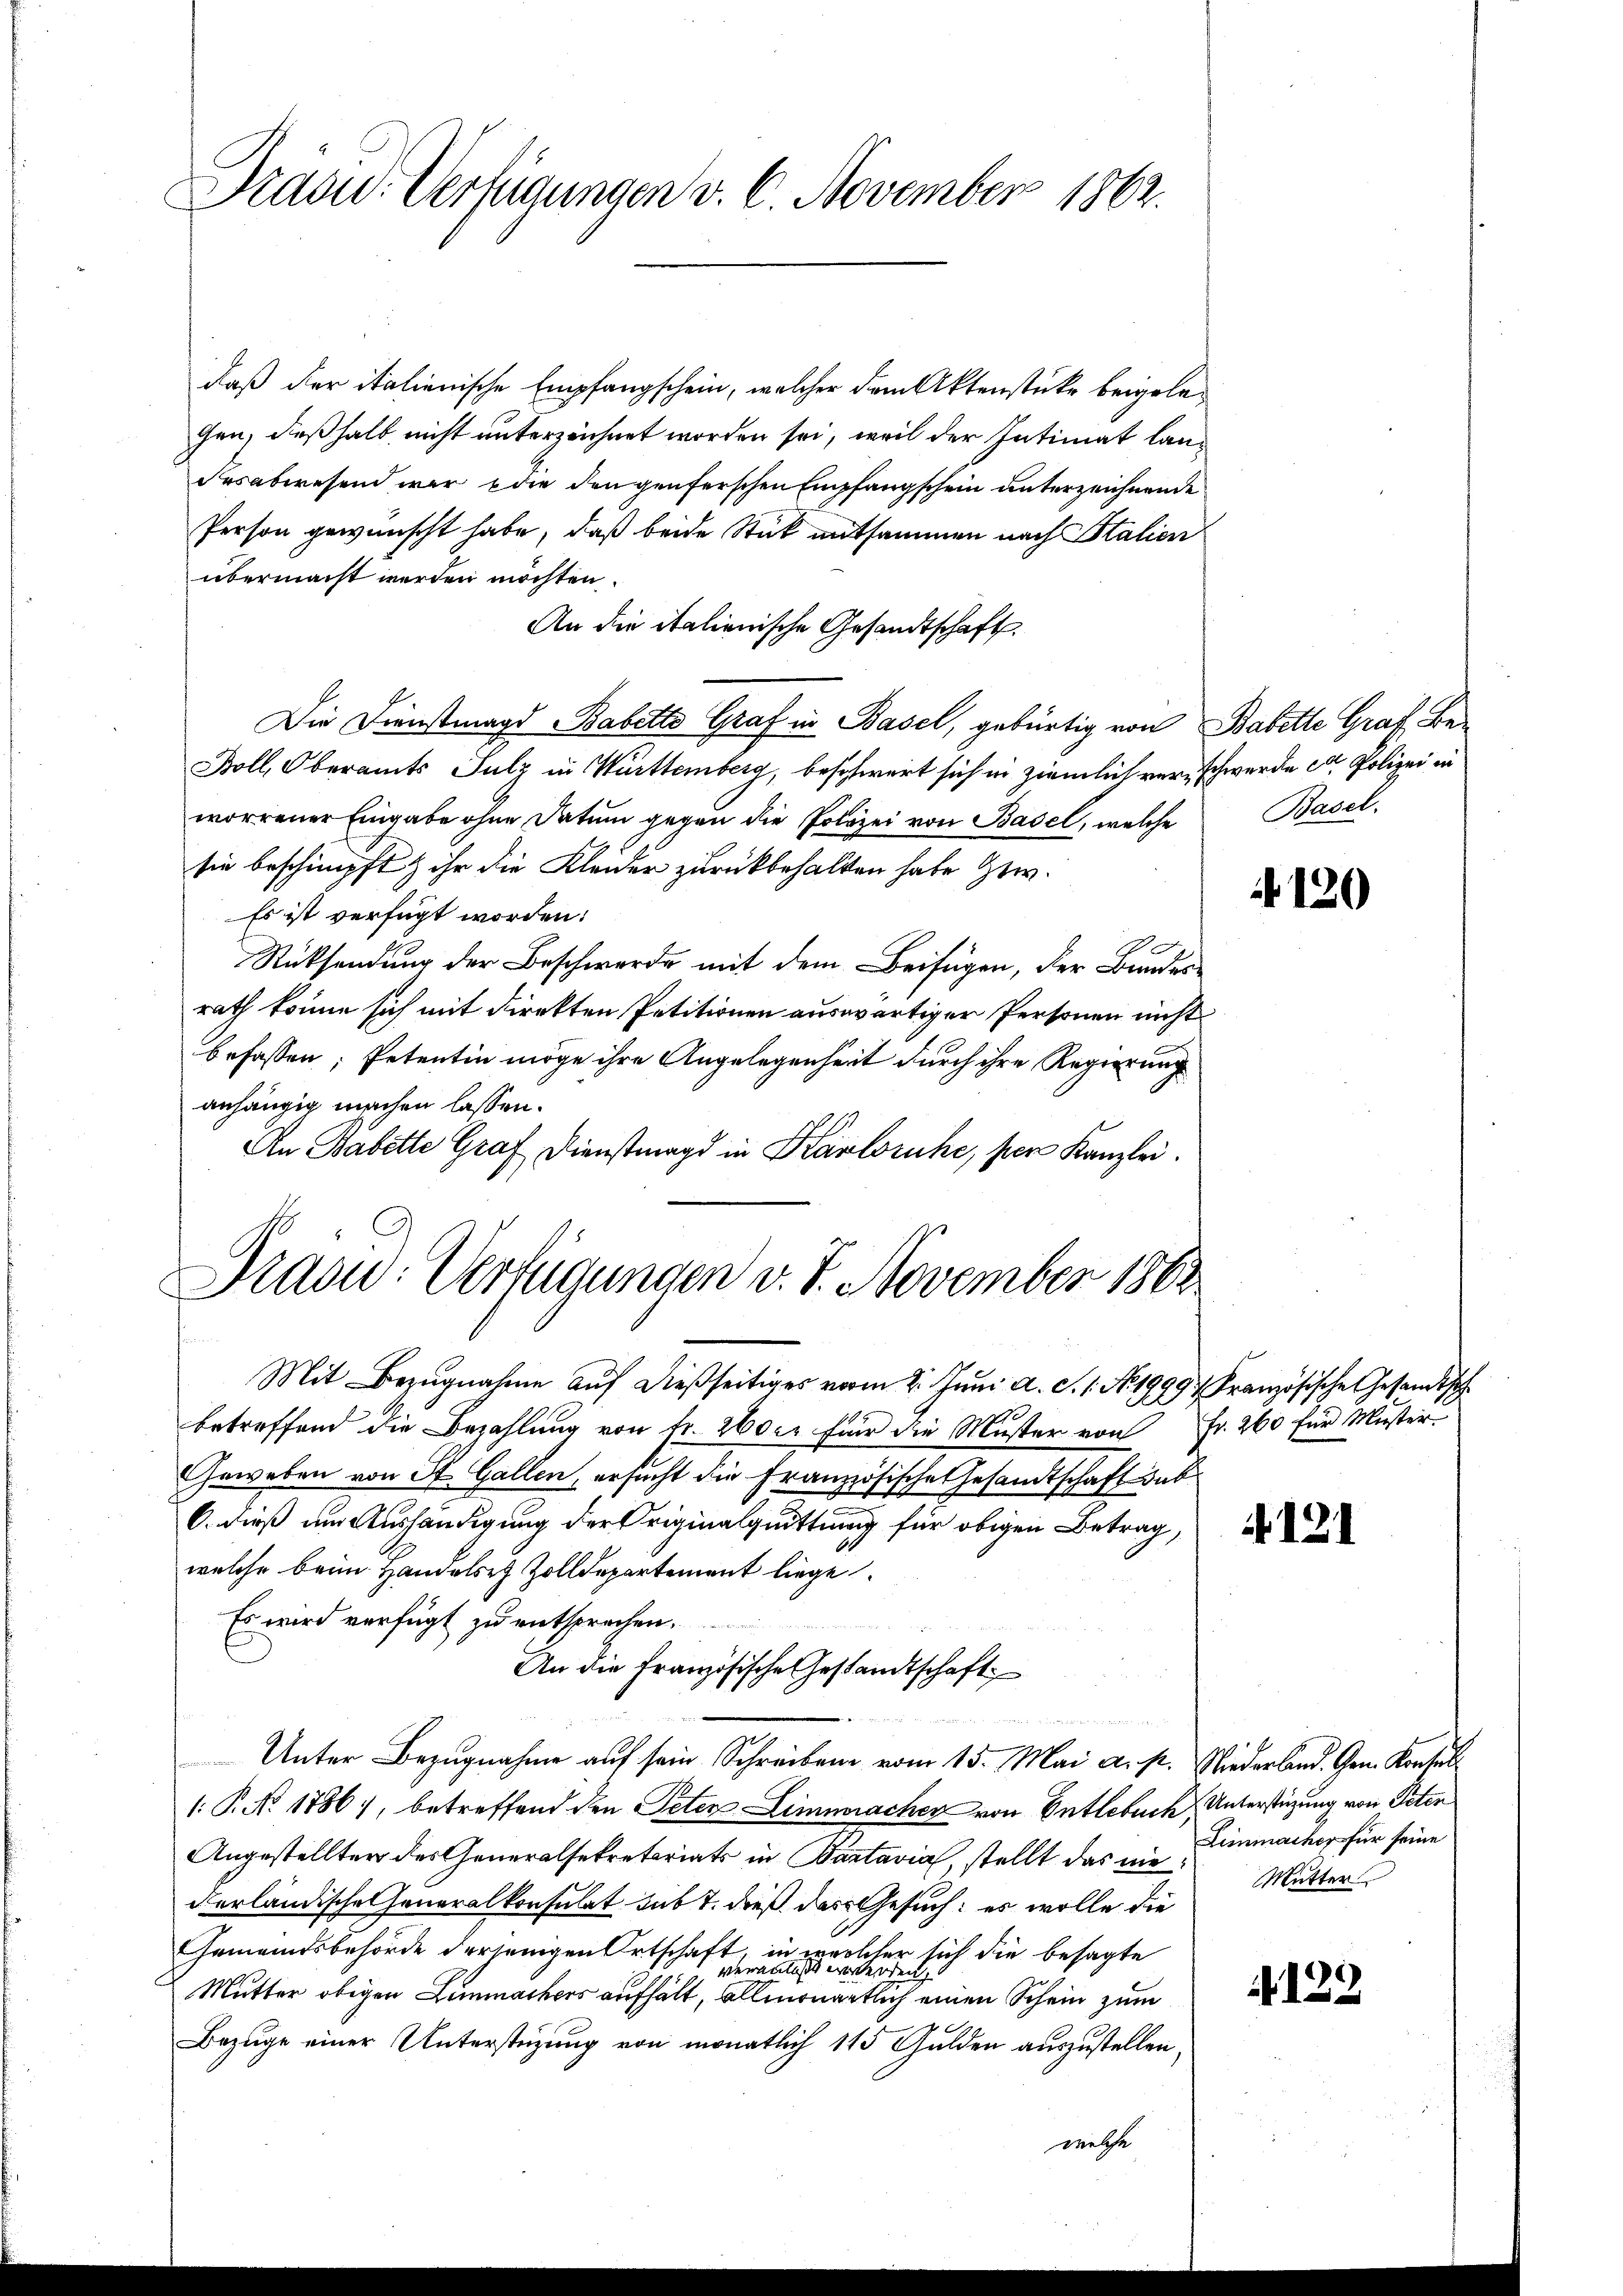
Prasw. Verfügungen v. 6. November 1862.

daß der italienische Empfangschein, welcher dem Aktenstücke beigelegen, deßhalb nicht unterzeichnet worden sei, weil der Intimat landesabwesend war die den genferschen Empfangschein unterzeichnende
Person gewünscht habe, daß beide Stück mitsammen nach Statien
übermacht werden möchten.
An die italienische Gesandtschaft
Die Dienstmagd Babette Graf in Basel, gebürtig von Babette Graf Be¬
Boll, Oberamts Julz in Württemberg, beschwert sich in ziemlich verschwerde et Polizei in
worrener Eingabe ohne Datum gegen die Polizei von Basel, welche
sie beschimpft & ihr die Kleider zurückbehalten habe Gew
Es ist verfügt worden:
Rücksendung der Beschwerde mit dem Beifügen, der Bundesrath könne sich mit direkten Petitionen auswärtiger Personen nicht
befassen, Petentin möge ihre Angelegenheit durch ihre Regierung
anhängig machen lassen.
An Babette Graf Dienstmagd in Karlsruhe, per Kanzlei.
Draow: Verfügungen v. 7. November 1862
Mit Bezŭgnahme aŭf dießseitiges vom 2. Juni a. c. 1. No. 1999 Französische Gesandtsch
betreffend die Bezahlung von Fr. 260 xr für die Muster von Fr. 260 für Muster-
Geweben von St. Gallen, ersucht die Französische Gesandtschaft dab
6. dieß um Aushändigung der Originalquittung für obigen Betrag,
welche beim Handelst Zolldepartement liege.
Es wird verfügt zu entsprechen.
An die Französische Gestandtschaft
.

Unter Bezugnahme auf sein Schreiben vom 15. Mai a. p. Niederland. Gen. Kontul
1: P. No 1786), betreffend den Peter Limmracher von Entlebuch Unterstüzung von Peten
Angestellter des Generalsekretariats in Batavia, stellt das nie Mutter
derländische Generalkonsulat sub 7. dieß das Gesuch: es wolle die
Gemeindsbehörde derjenigen Ortschaft, in welcher sich die besagte
veranlaßt werden
Mutter obigen Limmachers aufhält, allmonatlich einen Schein zum
Bezuge einer Unterstüzung von monatlich 115 Gulden auszustellen.
welche

Basel.

120

. 121

Limmacher für seine

N. 123